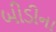
બીડીના